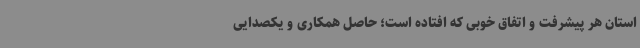
استان هر پیشرفت و اتفاق خوبی که افتاده است؛ حاصل همکاری و یکصدایی